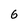
Character: 6